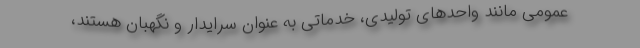
عمومی مانند واحدهای تولیدی، خدماتی به عنوان سرایدار و نگهبان هستند،